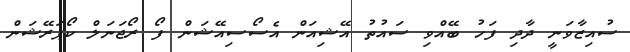
ސުއިޒާވަނީ ދާދި ފަހު ބޭއްވި ސައުތު އޭޝިއަން އެސޯސިއޭޝަން ފޯ ރޯޖަނަލް ކޯޕަރޭޝަން